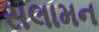
સલામન